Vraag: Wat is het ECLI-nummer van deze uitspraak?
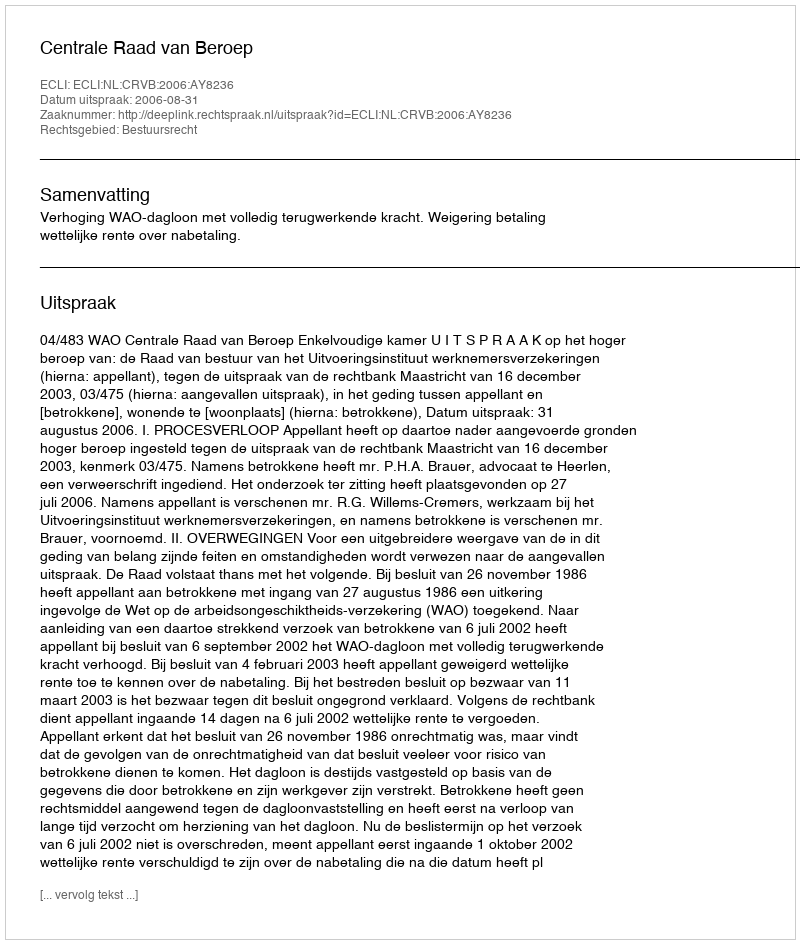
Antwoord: ECLI:NL:CRVB:2006:AY8236